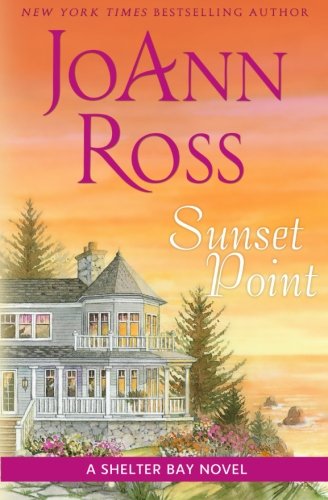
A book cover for Sunset Point (Shelter Bay ) (Volume 10); JoAnn Ross; Romance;